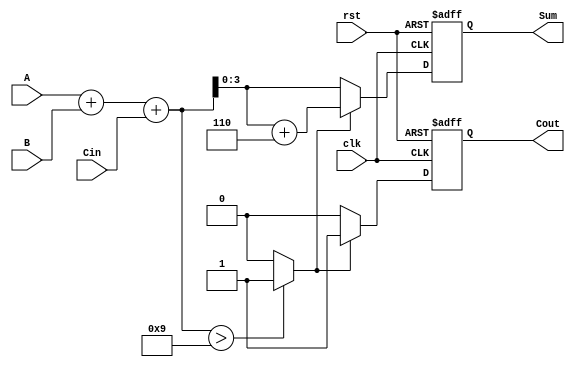
module BCD_Synchronous_Adder (
    input  wire [3:0] A,      // First BCD digit
    input  wire [3:0] B,      // Second BCD digit
    input  wire Cin,          // Carry input
    input  wire clk,          // Clock signal
    input  wire rst,          // Reset signal
    output reg  [3:0] Sum,    // BCD sum output
    output reg  Cout          // Carry output
);

    reg [4:0] RawSum;         // 5-bit raw sum to hold A + B + Cin
    reg Adjust;               // Signal to determine if adjustment is needed

    always @(posedge clk or posedge rst) begin
        if (rst) begin
            Sum <= 4'b0000;   // Reset Sum to 0
            Cout <= 1'b0;     // Reset Cout to 0
        end else begin
            // Step 1: Compute the raw sum
            RawSum = A + B + Cin;

            // Step 2: Check if adjustment is needed
            Adjust = (RawSum > 9) ? 1'b1 : 1'b0;

            // Step 3: Final BCD Calculation
            if (Adjust) begin
                Sum <= RawSum + 5'b00110; // Add 6 to RawSum
                Cout <= 1'b1;              // Set carry out
            end else begin
                Sum <= RawSum[3:0];        // Use RawSum directly
                Cout <= 1'b0;              // No carry out
            end
        end
    end

endmodule